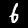
Label: 6